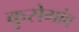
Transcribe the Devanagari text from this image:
कुसेगांव